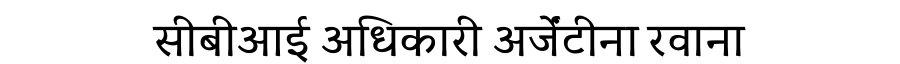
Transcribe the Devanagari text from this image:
सीबीआई अधिकारी अर्जेंटीना रवाना